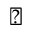
\blacktriangle